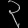
Digit: ၃